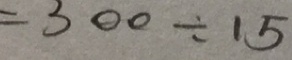
= 3 0 0 \div 1 5